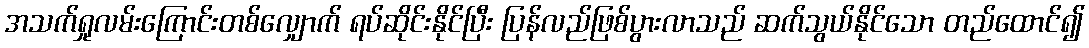
အသက်ရှုလမ်းကြောင်းတစ်လျှောက် ရပ်ဆိုင်းနိုင်ပြီး ပြန်လည်ဖြစ်ပွားလာသည် ဆက်သွယ်နိုင်သော တည်ထောင်၍